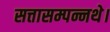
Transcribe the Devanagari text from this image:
सत्तासम्पन्नथे।